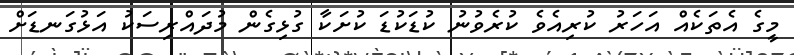
މީގެ އެތަކެއް އަހަރު ކުރިއެވެ ކުރެވުނު ކުޑަކުޑަ ކުށަކާ ގުޅިގެން މުދައްރިސަކު އަޅުގަނޑަށް